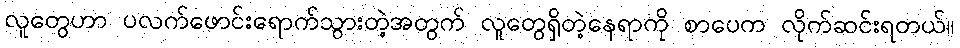
လူတွေဟာ ပလက်ဖောင်းရောက်သွားတဲ့အတွက် လူတွေရှိတဲ့နေရာကို စာပေက လိုက်ဆင်းရတယ်။